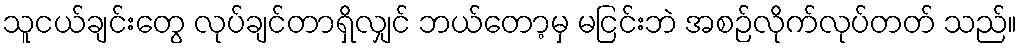
သူငယ်ချင်းတွေ လုပ်ချင်တာရှိလျှင် ဘယ်တော့မှ မငြင်းဘဲ အစဉ်လိုက်လုပ်တတ် သည်။